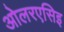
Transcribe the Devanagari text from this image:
ओलरएसिइ